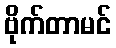
ဗိုက်တာမင်